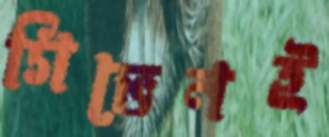
গিভেনই